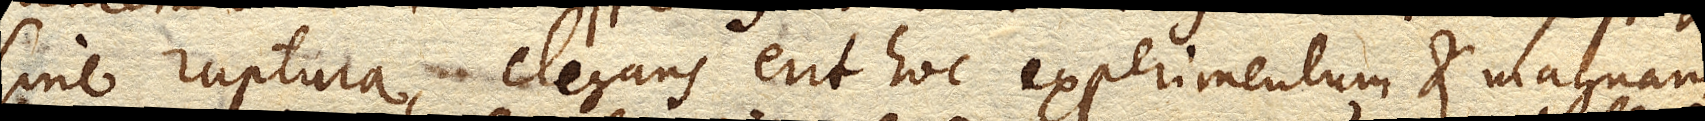
sine ruptura, elegans erit hoc experimentum et magnam